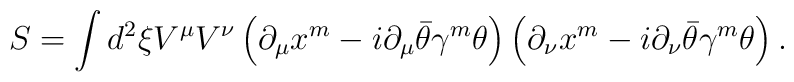
S=\int d^2\xi V^\mu V^\nu\left(\partial_\mu x^m-i\partial_\mu\bar\theta\gamma^m\theta\right)\left(\partial_\nu x^m-i\partial_\nu\bar\theta\gamma^m\theta\right).